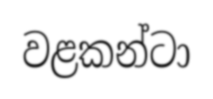
වළකන්ටා